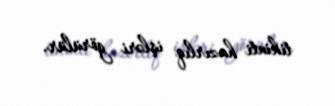
tikinti hazırlıq işləri görülür.